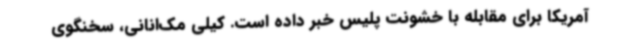
آمریکا برای مقابله با خشونت پلیس خبر داده است. کیلی مک‌انانی، سخنگوی